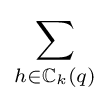
\sum _{h\in \mathbb {C} _{k}(q)}